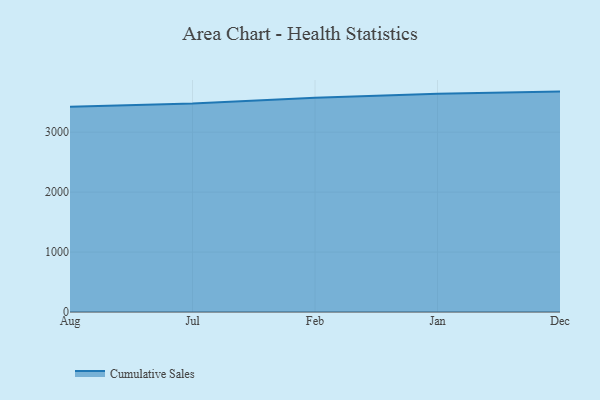
{"axis": {"x": "Month", "y": "Shipments"}, "legend": ["Cumulative Sales"], "data": [{"x": "Aug", "y": 3423.1, "type": "Cumulative Sales"}, {"x": "Jul", "y": 3476.1, "type": "Cumulative Sales"}, {"x": "Feb", "y": 3574.9, "type": "Cumulative Sales"}, {"x": "Jan", "y": 3640.5, "type": "Cumulative Sales"}, {"x": "Dec", "y": 3676.7, "type": "Cumulative Sales"}]}